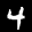
Label: 4